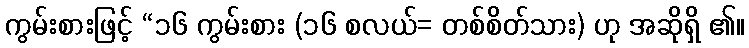
ကွမ်းစားဖြင့် “၁၆ ကွမ်းစား (၁၆ စလယ်= တစ်စိတ်သား) ဟု အဆိုရှိ ၏။